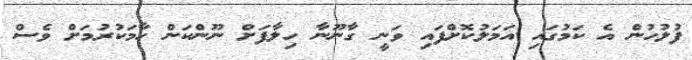
ފުލުހުން އެ ކަމުގައި އަމަލުކޮށްފައި ވަނީ ގާނޫނާ ހިލާފަށް ނޫންކަން ހާމަކުރުމަށް ވެސް